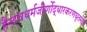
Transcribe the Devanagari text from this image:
हैन्दवधर्मजीर्णोद्धारकरणघृतमति